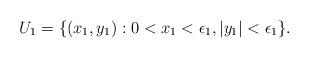
LaTeX: \begin{align*} U_1 =\{(x_1,y_1): 0<x_1<\epsilon_1, |y_1|< \epsilon_1 \}. \end{align*}